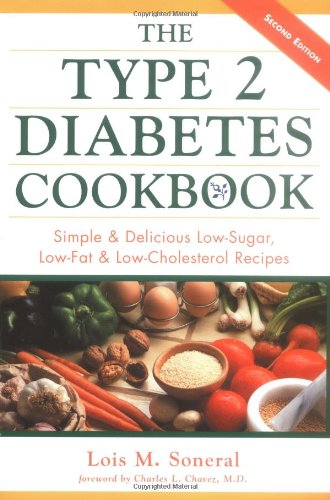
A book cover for The Type 2 Diabetes Cookbook : Simple & Delicious Low-Sugar, Low-Fat, & Low-Cholesterol Recipes; Lois Soneral; Cookbooks, Food & Wine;